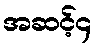
အဆင့်၄